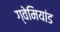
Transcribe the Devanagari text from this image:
ग्वेमियांड